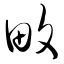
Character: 畋